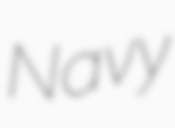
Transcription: Navy